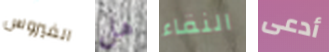
الفيروس هل النقاء أدعى